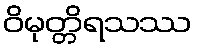
ဝိမုတ္တိရသဿ